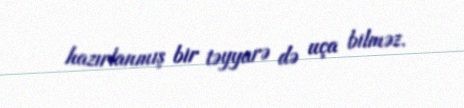
hazırlanmış bir təyyarə də uça bilməz.